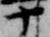
十